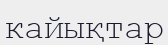
кайықтар